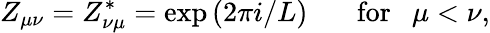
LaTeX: Z_{\mu\nu}=Z_{\nu\mu}^{*}=\exp\left(2\pi i/L\right)\mathrm{~~~~~~~for~~~}\mu<\nu,